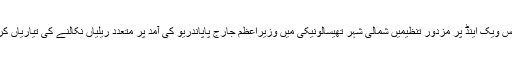
یونان میں اس ویک اینڈ پر مزدور تنظیمیں شمالی شہر تھیسالونیکی میں وزیرِاعظم جارج پاپاندریو کی آمد پر متعدد ریلیاں نکالنے کی تیاریاں کر رہے ہیں۔